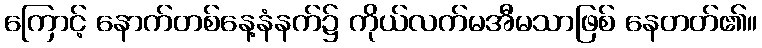
ကြောင့် နောက်တစ်နေ့နံနက်၌ ကိုယ်လက်မအီမသာဖြစ် နေတတ်၏။